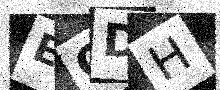
Text: EODH